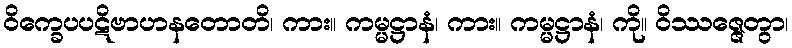
ဝိက္ခေပပဋိဗာဟနတောတိ၊ ကား။ ကမ္မဋ္ဌာနံ၊ ကား။ ကမ္မဋ္ဌာနံ၊ ကို။ ဝိဿဇ္ဇေတွာ၊